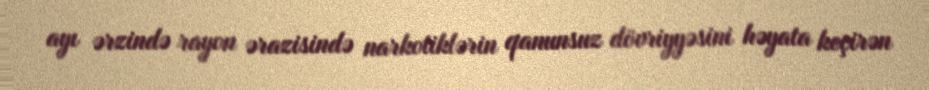
ayı ərzində rayon ərazisində narkotiklərin qanunsuz dövriyyəsini həyata keçirən